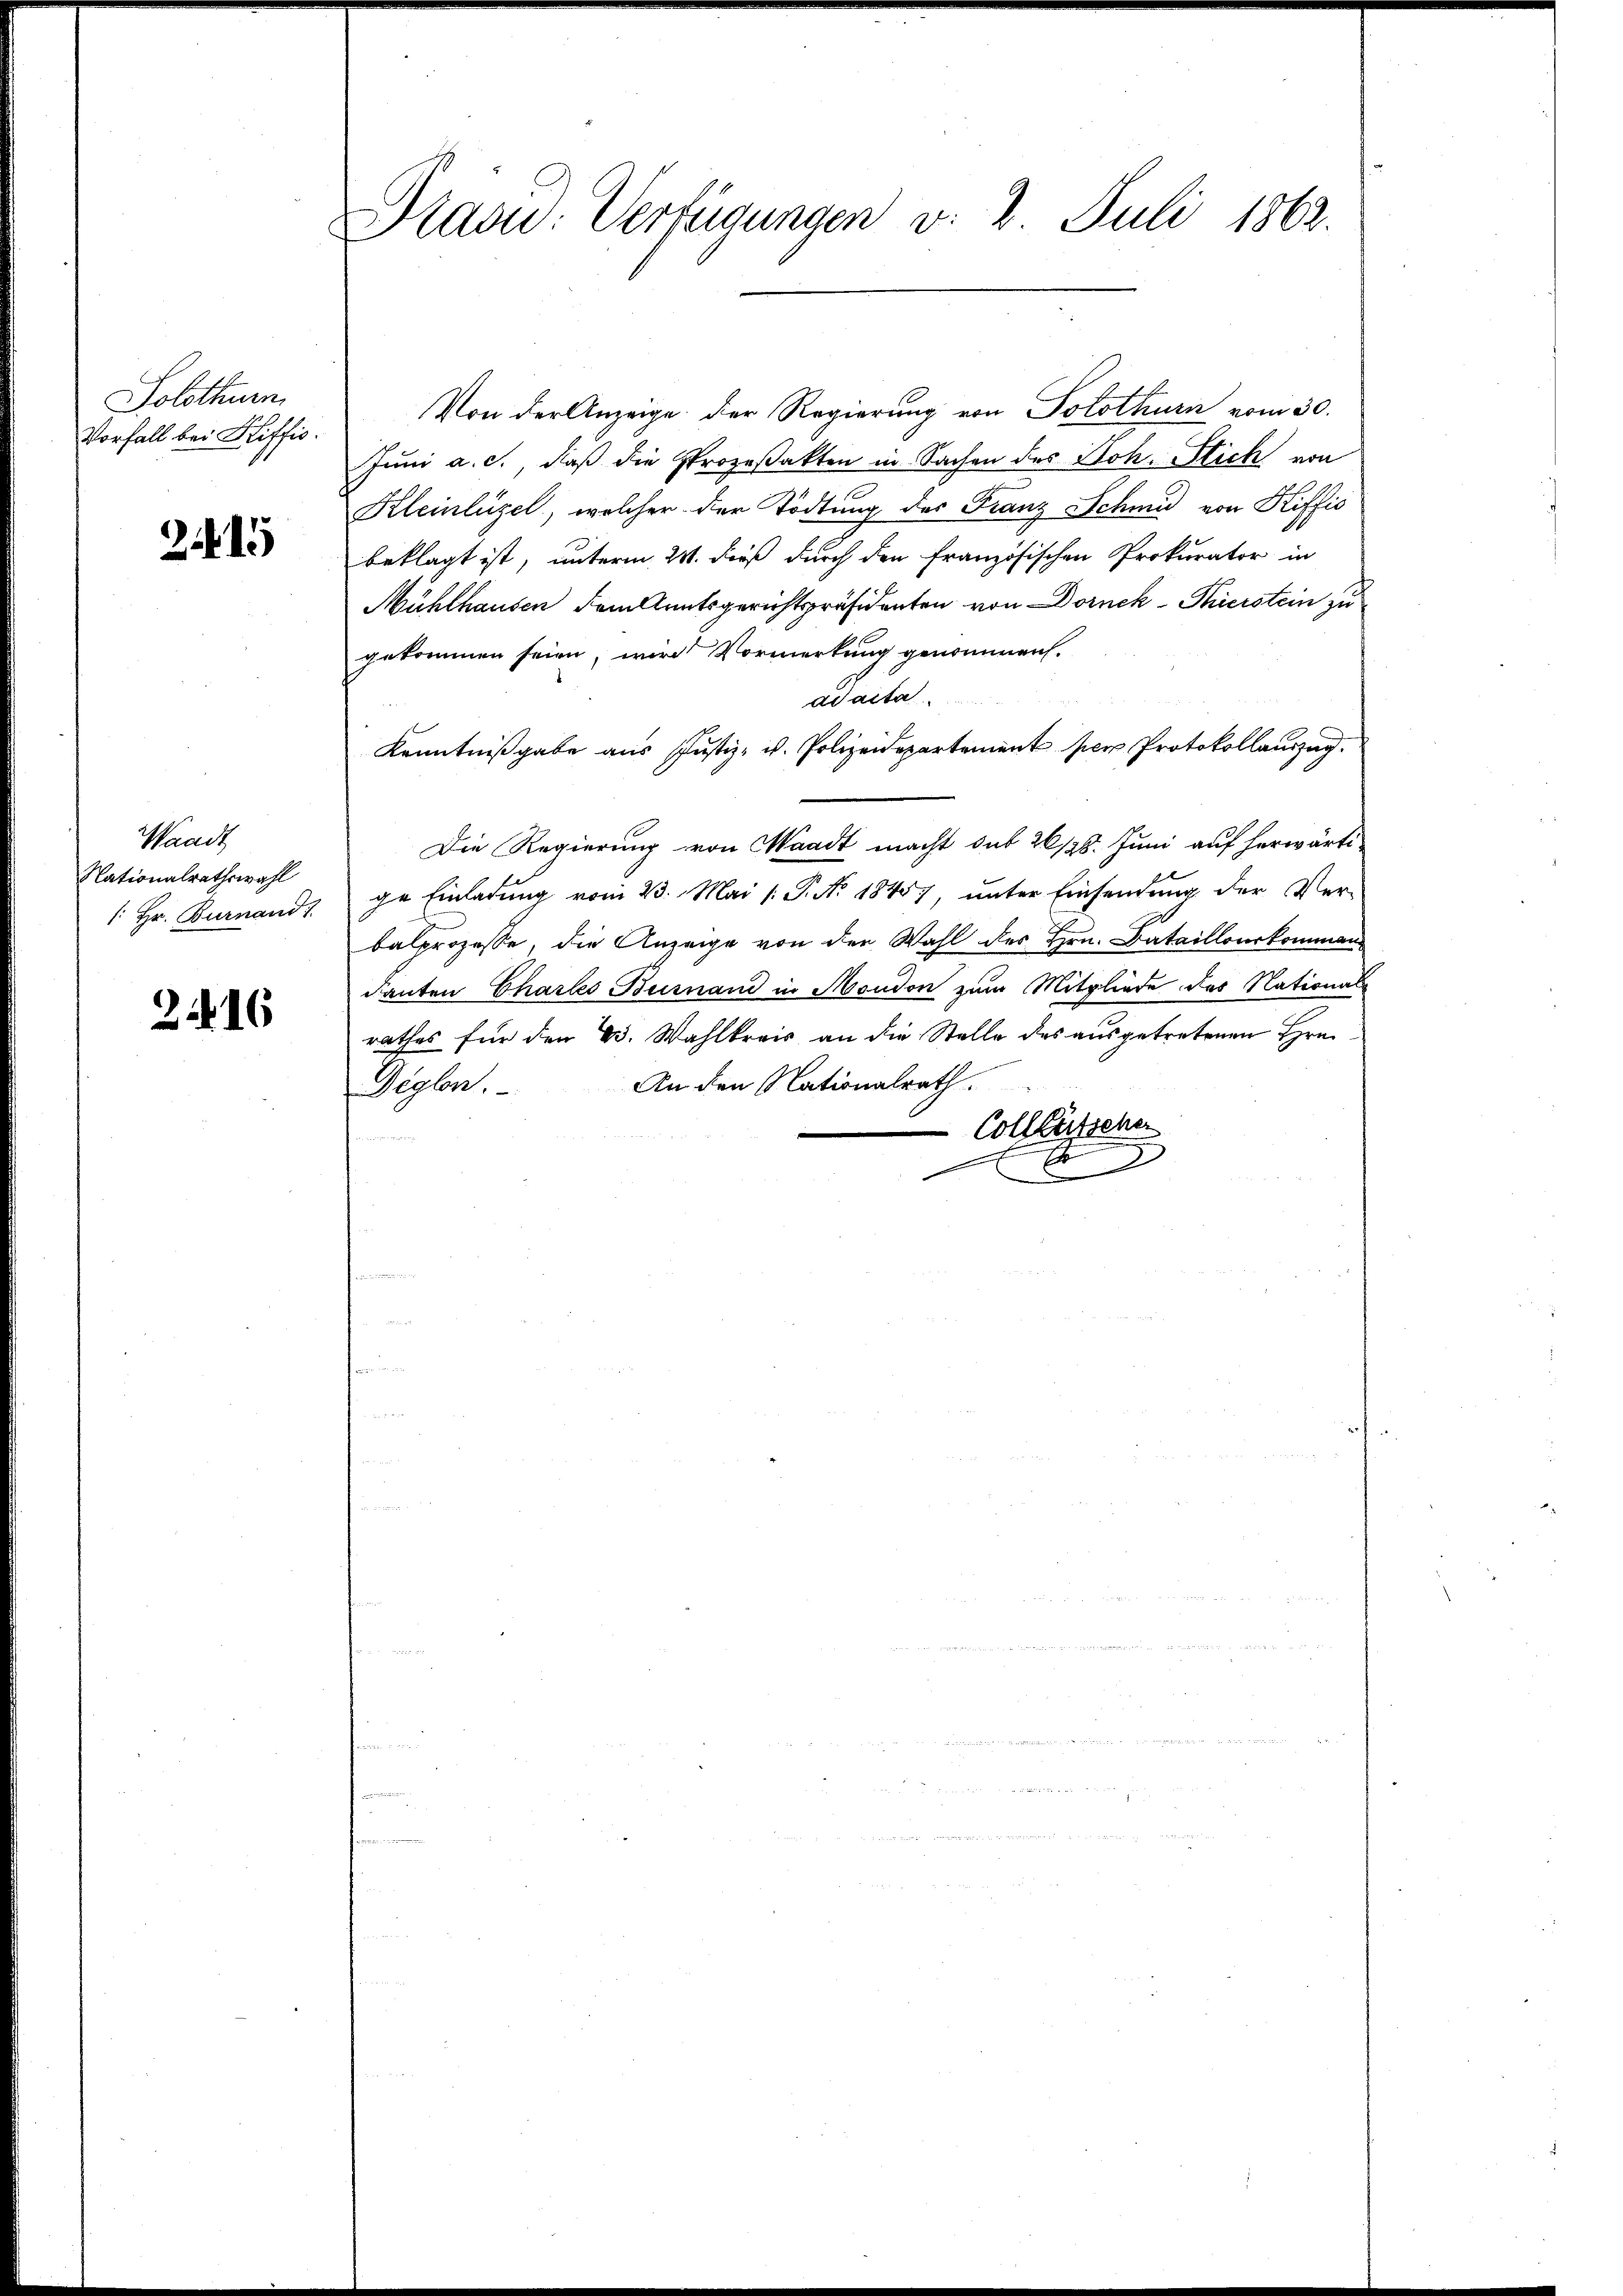
Solothurn
Vorfall bei Hiffis.

15

Waadt
Nationalrathswahl
/: Hr. Burnand 1

2.16

Präsid. Verfügungen v. 2. Juli 1862.

Von der Anzeige der Regierung von Solothurn vom 30.
Juni a. c., daß die Prozeßakten in Sachen des Joh. Stick von
Kleinlüzel, welcher der Tödtung des Franz Schmid von Riffis
beklagt ist, unterm 24. dieß durch den Französischen Prokurator in
Mühlhausen dem Amtsgerichtspräsidenten von Dornek-Thierstein zu
gekommen seien, wird Vormerkung genommen.
ad acta
Kenntnißgabe aus Justiz- u. Polizeidepartement per Protokollauszug.
Die Regierung von Waadt macht sub 26/28. Juni auf herwärtige Einladung vom 23. Mai /: P. Nr. 18457, unter Einsendung der Ver-
balprozesse, die Anzeige von der Wahl des Hrn. Bataillonskommen
danten Chartes Burnand in Moudon zum Mitgliede des National-
rathes für den B. Wahlkreis an die Stelle des ausgetretenen Hrn.
An den Nationalrath.
Diglon.
Collletsche
E